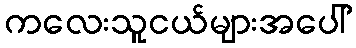
ကလေးသူငယ်များအပေါ်